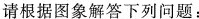
请根据图象解答下列问题：